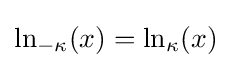
\ln _{-\kappa }(x)=\ln _{\kappa }(x)